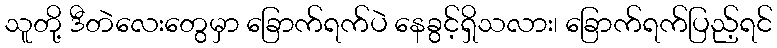
သူတို့ ဒီတဲလေးတွေမှာ ခြောက်ရက်ပဲ နေခွင့်ရှိသလား၊ ခြောက်ရက်ပြည့်ရင်